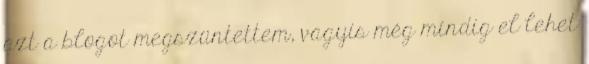
azt a blogot megszüntettem, vagyis még mindig el lehet